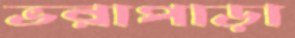
ভরাপাড়া